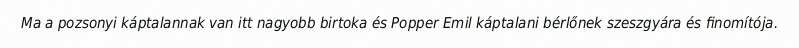
Ma a pozsonyi káptalannak van itt nagyobb birtoka és Popper Emil káptalani bérlőnek szeszgyára és finomítója.